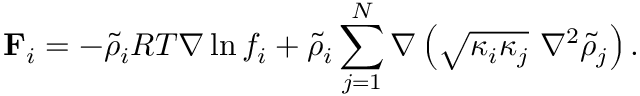
\mathbf { F } _ { i } = - \tilde { \rho } _ { i } R T \nabla \ln { f _ { i } } + \tilde { \rho } _ { i } \sum _ { j = 1 } ^ { N } \nabla \left( \sqrt { \kappa _ { i } \kappa _ { j } } \ \nabla ^ { 2 } \tilde { \rho } _ { j } \right) .